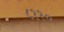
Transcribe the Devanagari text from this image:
८११०